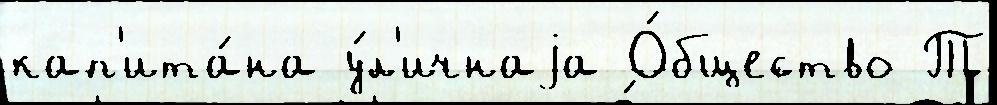
кап'ита́на у́л'ичнаjа О́бщество Т